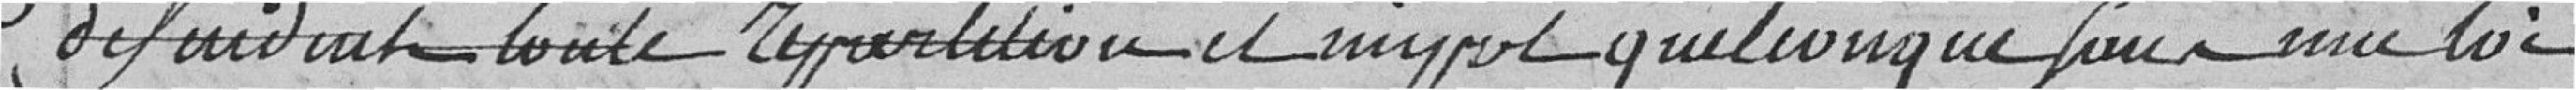
défendent toute répartition et impôt quelqueconque sous une loi